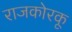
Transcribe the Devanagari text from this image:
राजकोरकू